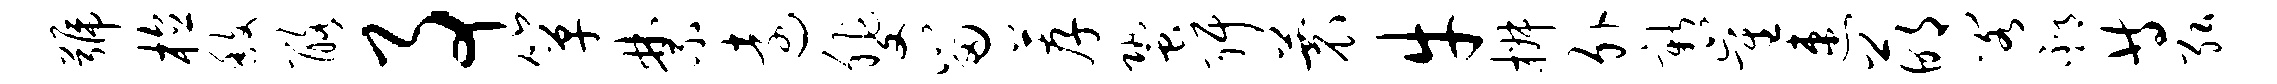
号植馥酪事箪禁远斐留荐蛩弭蓑牛椒外新崔速萌阁邳等弘